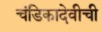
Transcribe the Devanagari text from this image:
चंडिकादेवीची